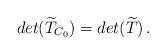
LaTeX: \begin{align*}det(\widetilde{T}_{C_0})=det(\widetilde{T})\,. \end{align*}